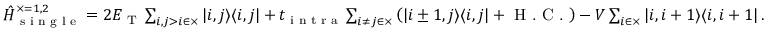
\begin{array} { r } { \hat { H } _ { \textrm { s i n g l e } } ^ { \times = 1 , 2 } = 2 E _ { \textrm { T } } \sum _ { i , j > i \in \times } \left| i , j \rangle \langle i , j \right| + t _ { \textrm { i n t r a } } \sum _ { i \ne j \in \times } \left( \left| i \pm 1 , j \rangle \langle i , j \right| + \textrm { H . C . } \right) - V \sum _ { i \in \times } \left| i , i + 1 \rangle \langle i , i + 1 \right| . } \end{array}